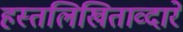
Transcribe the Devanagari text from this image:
हस्तलिखिताव्दारे